Calcutta medical institutions reports 1879-81 [i.e.91]
Year: 1879
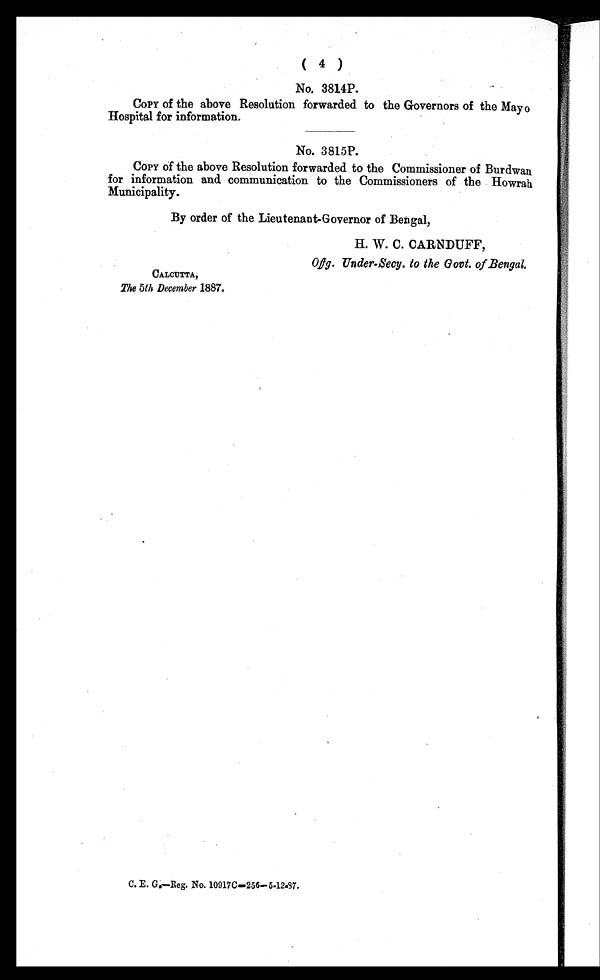
( 4 )
No, 3814P.
COPY of the above Resolution forwarded to the Governors of the Mayo
Hospital for information.
No. 3815P.
COPY of the above Resolution forwarded to the Commissioner of Burdwan
for information and communication to the Commissioners of the Howrah
Municipality.
By order of the Lieutenant-Governor of Bengal,
H. W. C. CARNDUFF,
Offg. Under-Secy. to the Govt. of Bengal.
CALCUTTA,
The 5th December 1887.
C. E. G.—Reg. No. 10917C—256—5-12-87.